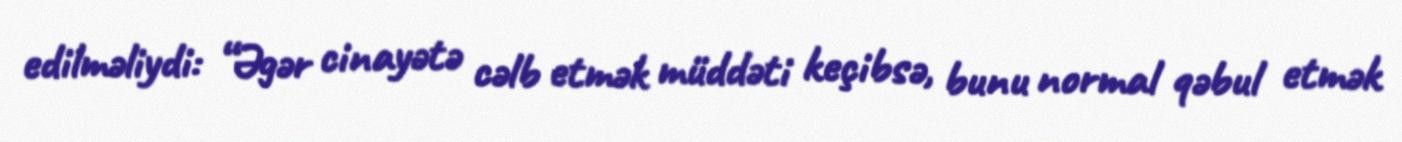
edilməliydi: “Əgər cinayətə cəlb etmək müddəti keçibsə, bunu normal qəbul etmək